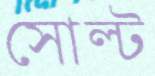
সোল্ট